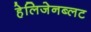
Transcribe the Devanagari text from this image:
हेलिजेनब्लट